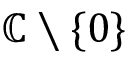
\mathbb { C } \setminus \{ 0 \}